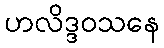
ဟလိဒ္ဒဝသနေ